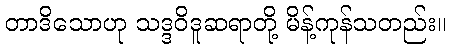
တာဒိသောဟု သဒ္ဒဝိဒူဆရာတို့ မိန့်ကုန်သတည်း။